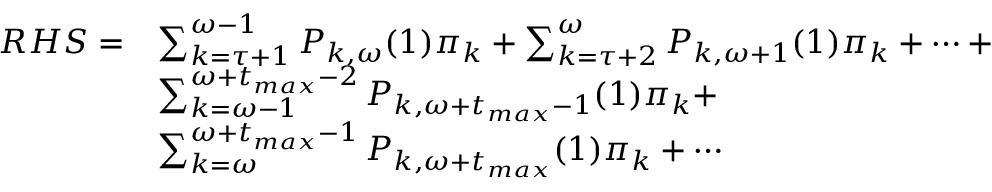
\begin{array} { r l } { R H S = } & { \sum _ { k = \tau + 1 } ^ { \omega - 1 } P _ { k , \omega } ( 1 ) \pi _ { k } + \sum _ { k = \tau + 2 } ^ { \omega } P _ { k , \omega + 1 } ( 1 ) \pi _ { k } + \cdots + } \\ & { \sum _ { k = \omega - 1 } ^ { \omega + t _ { m a x } - 2 } P _ { k , \omega + t _ { m a x } - 1 } ( 1 ) \pi _ { k } + } \\ & { \sum _ { k = \omega } ^ { \omega + t _ { m a x } - 1 } P _ { k , \omega + t _ { m a x } } ( 1 ) \pi _ { k } + \cdots } \end{array}